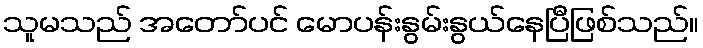
သူမသည် အတော်ပင် မောပန်းနွမ်းနွယ်နေပြီဖြစ်သည်။